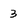
Character: 3